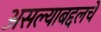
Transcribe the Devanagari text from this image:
असल्याबद्दलचे